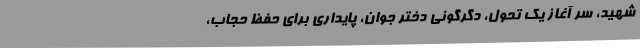
شهید، سر آغاز یک تحول، دگرگونی دختر جوان، پایداری برای حفظ حجاب،